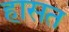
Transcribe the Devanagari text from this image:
हासत